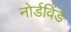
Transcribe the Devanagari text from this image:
नोर्डविंड